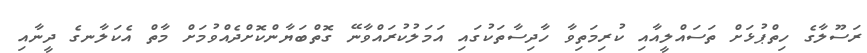
ރަސޫލާގެ ހިތްޕުޅަށް ތަސައްލީއާއި ކުރިމަތިވާ ހާދިސާތަކުގައި އަމަލުކުރައްވާނޭ ގޮތްބަޔާންކޮށްދެއްވުމަށް މާތް އެކަލާނގެ ދީނާއި